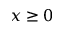
x \ge 0